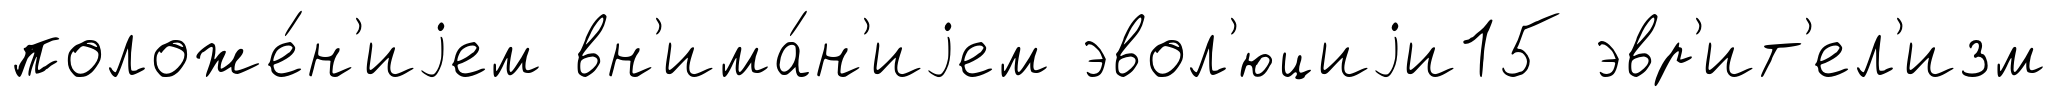
положе́н'иjем вн'има́н'иjем эвол'юциjи15 эвр'ит'ел'изм